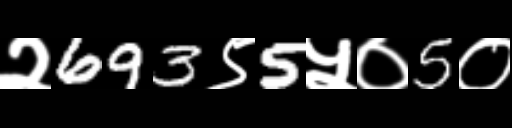
Text: २693९5५०5०